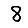
Digit: 8